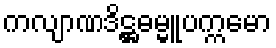
ကလျာဏဒိဋ္ဌဓမ္မူပက္ကမော